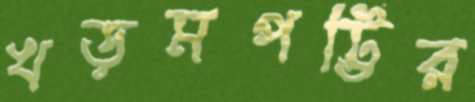
খড়মপট্টির